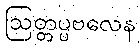
ဩတ္တပ္ပဗလေန